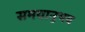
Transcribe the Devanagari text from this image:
समयानुभव